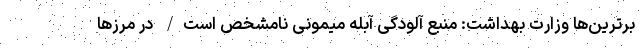
برترین‌ها وزارت بهداشت: منبع آلودگی آبله میمونی نامشخص است/ در مرزها